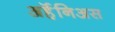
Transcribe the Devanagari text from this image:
अर्हॆनिअस